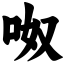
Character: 呶